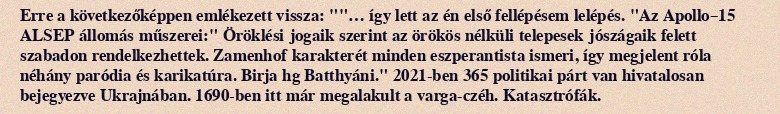
Erre a következőképpen emlékezett vissza: ""… így lett az én első fellépésem lelépés. "Az Apollo–15 ALSEP állomás műszerei:" Öröklési jogaik szerint az örökös nélküli telepesek jószágaik felett szabadon rendelkezhettek. Zamenhof karakterét minden eszperantista ismeri, így megjelent róla néhány paródia és karikatúra. Birja hg Batthyáni." 2021-ben 365 politikai párt van hivatalosan bejegyezve Ukrajnában. 1690-ben itt már megalakult a varga-czéh. Katasztrófák.